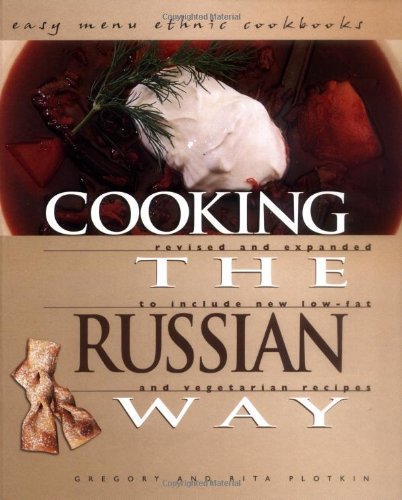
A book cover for Cooking the Russian Way (Easy Menu Ethnic Cookbooks); Gregory Plotkin; Teen & Young Adult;